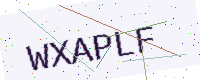
Text: WXAPLF